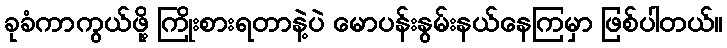
ခုခံကာကွယ်ဖို့ ကြိုးစားရတာနဲ့ပဲ မောပန်းနွမ်းနယ်နေကြမှာ ဖြစ်ပါတယ်။